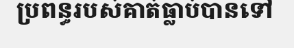
ប្រពន្ធរបស់គាត់ធ្លាប់បានទៅ